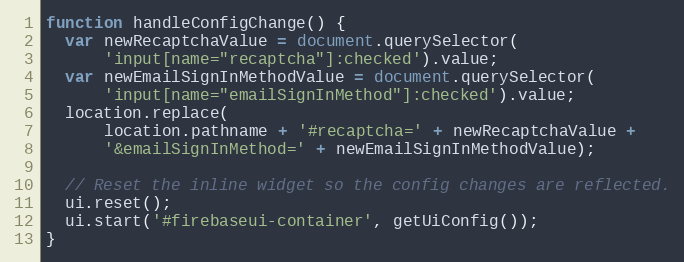
Language: JavaScript
function handleConfigChange() {
  var newRecaptchaValue = document.querySelector(
      'input[name="recaptcha"]:checked').value;
  var newEmailSignInMethodValue = document.querySelector(
      'input[name="emailSignInMethod"]:checked').value;
  location.replace(
      location.pathname + '#recaptcha=' + newRecaptchaValue +
      '&emailSignInMethod=' + newEmailSignInMethodValue);

  // Reset the inline widget so the config changes are reflected.
  ui.reset();
  ui.start('#firebaseui-container', getUiConfig());
}